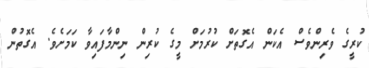
ކުރީގެ ވެރިންވެސް އެކަން އެގޮތަށް ކުރުމަށް މީގެ ކުރިން ނިންމާފައިވާ ކަމަށެވެ. އެގޮތުން